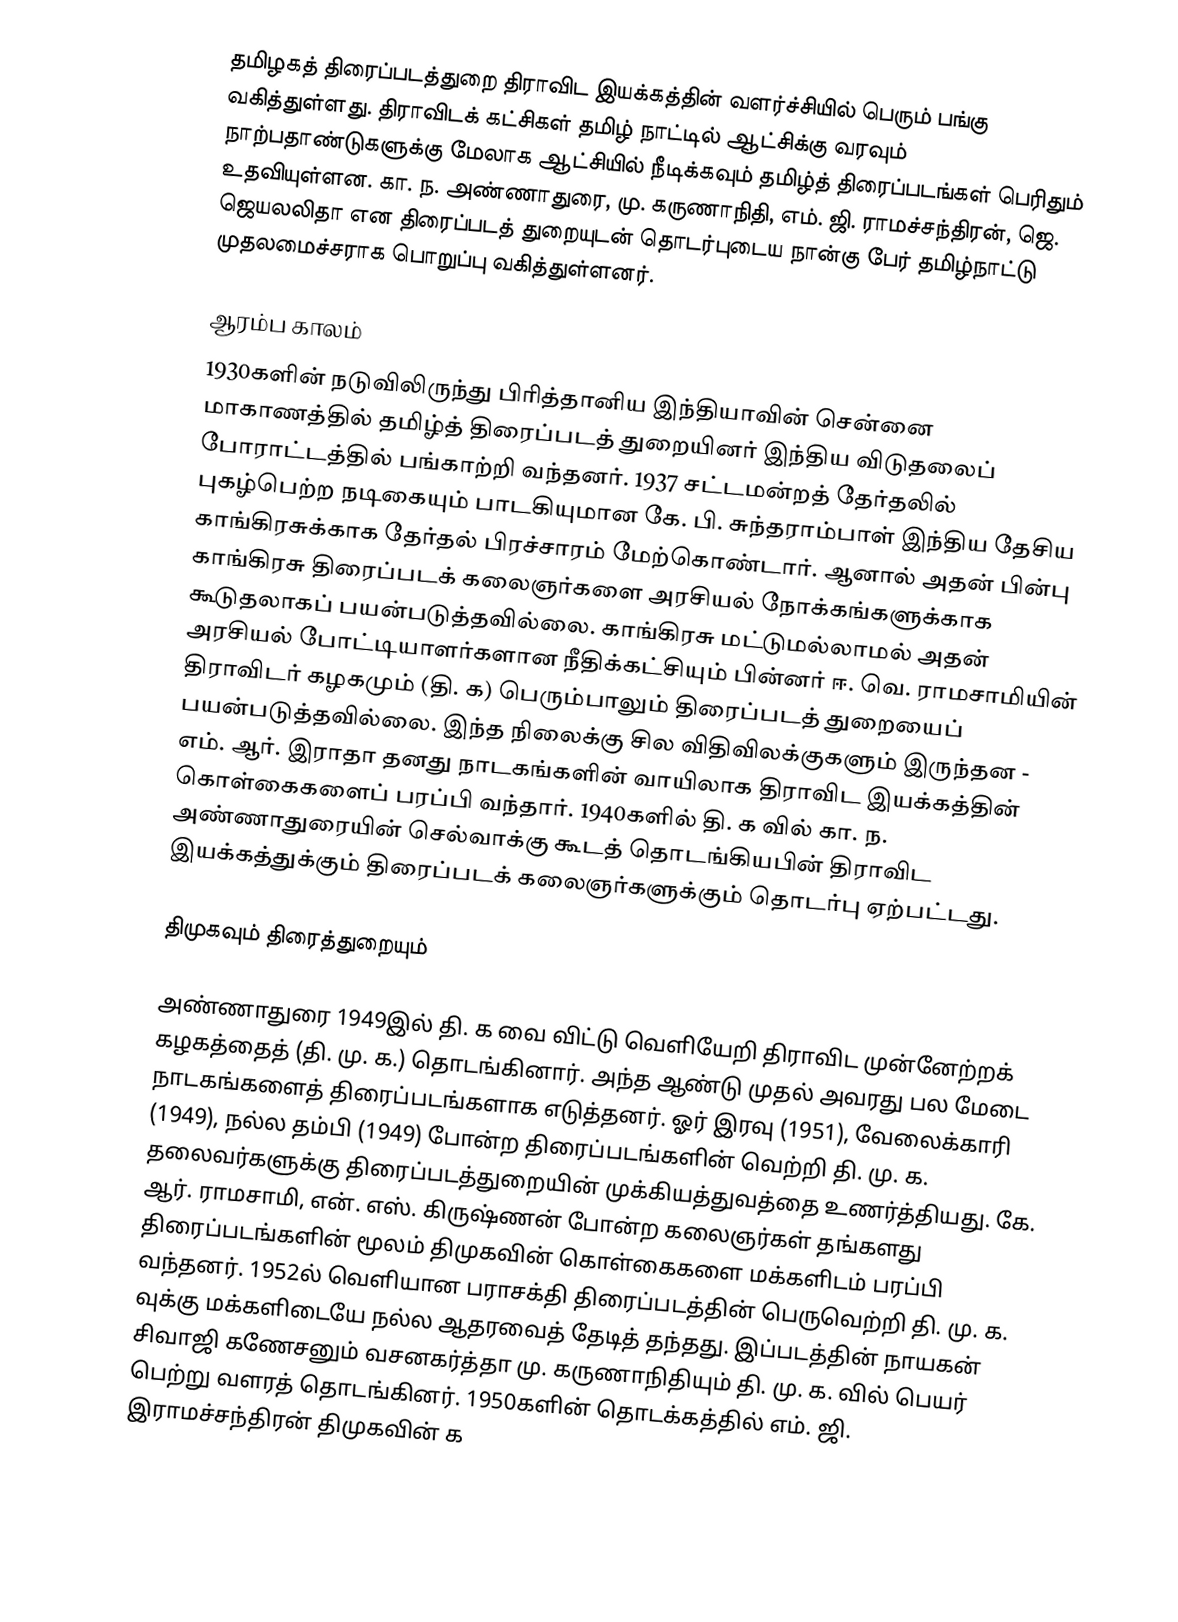
தமிழகத் திரைப்படத்துறை திராவிட இயக்கத்தின் வளர்ச்சியில் பெரும் பங்கு வகித்துள்ளது. திராவிடக் கட்சிகள் தமிழ் நாட்டில் ஆட்சிக்கு வரவும் நாற்பதாண்டுகளுக்கு மேலாக ஆட்சியில் நீடிக்கவும் தமிழ்த் திரைப்படங்கள் பெரிதும் உதவியுள்ளன. கா. ந. அண்ணாதுரை, மு. கருணாநிதி, எம். ஜி. ராமச்சந்திரன்,  ஜெ. ஜெயலலிதா என திரைப்படத் துறையுடன் தொடர்புடைய நான்கு பேர் தமிழ்நாட்டு முதலமைச்சராக பொறுப்பு வகித்துள்ளனர்.

ஆரம்ப காலம்
1930களின் நடுவிலிருந்து பிரித்தானிய இந்தியாவின் சென்னை மாகாணத்தில் தமிழ்த் திரைப்படத் துறையினர் இந்திய விடுதலைப் போராட்டத்தில் பங்காற்றி வந்தனர். 1937 சட்டமன்றத் தேர்தலில் புகழ்பெற்ற நடிகையும் பாடகியுமான கே. பி. சுந்தராம்பாள் இந்திய தேசிய காங்கிரசுக்காக தேர்தல் பிரச்சாரம் மேற்கொண்டார். ஆனால் அதன் பின்பு காங்கிரசு திரைப்படக் கலைஞர்களை அரசியல் நோக்கங்களுக்காக கூடுதலாகப் பயன்படுத்தவில்லை. காங்கிரசு மட்டுமல்லாமல் அதன் அரசியல் போட்டியாளர்களான நீதிக்கட்சியும் பின்னர் ஈ. வெ. ராமசாமியின் திராவிடர் கழகமும் (தி. க) பெரும்பாலும் திரைப்படத் துறையைப் பயன்படுத்தவில்லை. இந்த நிலைக்கு சில விதிவிலக்குகளும் இருந்தன - எம். ஆர். இராதா தனது நாடகங்களின் வாயிலாக திராவிட இயக்கத்தின் கொள்கைகளைப் பரப்பி வந்தார். 1940களில் தி. க வில் கா. ந. அண்ணாதுரையின் செல்வாக்கு கூடத் தொடங்கியபின் திராவிட இயக்கத்துக்கும் திரைப்படக் கலைஞர்களுக்கும் தொடர்பு ஏற்பட்டது.

திமுகவும் திரைத்துறையும்

அண்ணாதுரை 1949இல் தி. க வை விட்டு வெளியேறி திராவிட முன்னேற்றக் கழகத்தைத் (தி. மு. க.) தொடங்கினார். அந்த ஆண்டு முதல் அவரது பல மேடை நாடகங்களைத் திரைப்படங்களாக எடுத்தனர். ஓர் இரவு (1951), வேலைக்காரி (1949), நல்ல தம்பி (1949) போன்ற திரைப்படங்களின் வெற்றி தி. மு. க. தலைவர்களுக்கு திரைப்படத்துறையின் முக்கியத்துவத்தை உணர்த்தியது. கே. ஆர். ராமசாமி, என். எஸ். கிருஷ்ணன் போன்ற கலைஞர்கள் தங்களது திரைப்படங்களின் மூலம் திமுகவின் கொள்கைகளை மக்களிடம் பரப்பி வந்தனர். 1952ல் வெளியான பராசக்தி திரைப்படத்தின் பெருவெற்றி தி. மு. க. வுக்கு மக்களிடையே நல்ல ஆதரவைத் தேடித் தந்தது. இப்படத்தின் நாயகன் சிவாஜி கணேசனும் வசனகர்த்தா மு. கருணாநிதியும் தி. மு. க. வில் பெயர் பெற்று வளரத் தொடங்கினர். 1950களின் தொடக்கத்தில் எம். ஜி. இராமச்சந்திரன் திமுகவின் க